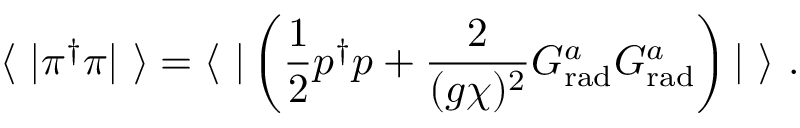
\langle \ | \pi ^ { \dagger } \pi | \ \rangle = \langle \ | \left( \frac { 1 } { 2 } p ^ { \dagger } p + \frac { 2 } { ( g \chi ) ^ { 2 } } G _ { \mathrm { r a d } } ^ { a } G _ { \mathrm { r a d } } ^ { a } \right) | \ \rangle \ .